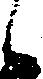
候